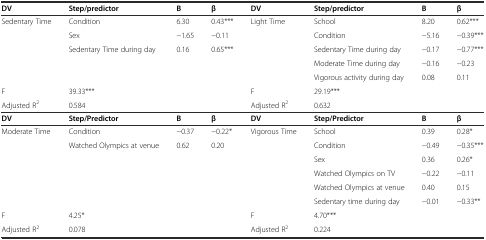
<table><thead><tr><td><b>DV</b></td><td><b>Step/predictor</b></td><td><b>B</b></td><td><b>β</b></td><td><b>DV</b></td><td><b>Step/predictor</b></td><td><b>B</b></td><td><b>β</b></td></tr></thead><tbody><tr><td rowspan="5">Sedentary Time</td><td>Condition</td><td>6.30</td><td>0.43***</td><td>Light Time</td><td>School</td><td>8.20</td><td>0.62***</td></tr><tr><td>Sex</td><td>−1.65</td><td>−0.11</td><td></td><td>Condition</td><td>−5.16</td><td>−0.39***</td></tr><tr><td>Sedentary Time during day</td><td>0.16</td><td>0.65***</td><td></td><td>Sedentary Time during day</td><td>−0.17</td><td>−0.77***</td></tr><tr><td></td><td></td><td></td><td></td><td>Moderate Time during day</td><td>−0.16</td><td>−0.23</td></tr><tr><td></td><td></td><td></td><td></td><td>Vigorous activity during day</td><td>0.08</td><td>0.11</td></tr><tr><td>F</td><td colspan="3">39.33***</td><td>F</td><td colspan="3">29.19***</td></tr><tr><td>Adjusted R<sup>2</sup></td><td colspan="3">0.584</td><td>Adjusted R<sup>2</sup></td><td colspan="3">0.632</td></tr><tr><td><b>DV</b></td><td><b>Step/Predictor</b></td><td><b>B</b></td><td><b>β</b></td><td><b>DV</b></td><td><b>Step/Predictor</b></td><td><b>B</b></td><td><b>β</b></td></tr><tr><td>Moderate Time</td><td>Condition</td><td>−0.37</td><td>−0.22*</td><td>Vigorous Time</td><td>School</td><td>0.39</td><td>0.28*</td></tr><tr><td></td><td>Watched Olympics at venue</td><td>0.62</td><td>0.20</td><td></td><td>Condition</td><td>−0.49</td><td>−0.35***</td></tr><tr><td></td><td></td><td></td><td></td><td></td><td>Sex</td><td>0.36</td><td>0.26*</td></tr><tr><td></td><td></td><td></td><td></td><td></td><td>Watched Olympics on TV</td><td>−0.22</td><td>−0.11</td></tr><tr><td></td><td></td><td></td><td></td><td></td><td>Watched Olympics at venue</td><td>0.40</td><td>0.15</td></tr><tr><td></td><td></td><td></td><td></td><td></td><td>Sedentary time during day</td><td>−0.01</td><td>−0.33**</td></tr><tr><td>F</td><td colspan="3">4.25*</td><td>F</td><td colspan="3">4.70***</td></tr><tr><td>Adjusted R<sup>2</sup></td><td colspan="3">0.078</td><td>Adjusted R<sup>2</sup></td><td colspan="3">0.224</td></tr></tbody></table>